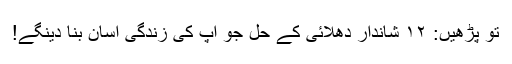
تو پڑھیں: ۱۲ شاندار دھلائی کے حل جو آپ کی زندگی آسان بنا دینگے!